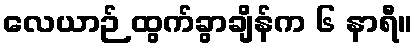
လေယာဉ် ထွက်ခွာချိန်က ၆ နာရီ။